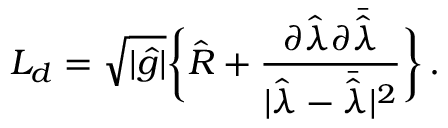
{ \cal L } _ { d } = \sqrt { | \hat { g } | } \bigg \{ { \hat { R } } + { \frac { \partial { \hat { \lambda } } \partial \bar { \hat { \lambda } } } { | { \hat { \lambda } } - \bar { \hat { \lambda } } | ^ { 2 } } } \bigg \} \, .